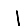
Digit: 1